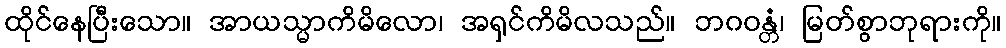
ထိုင်နေပြီးသော။ အာယသ္မာကိမိလော၊ အရှင်ကိမိလသည်။ ဘဂဝန္တံ၊ မြတ်စွာဘုရားကို။